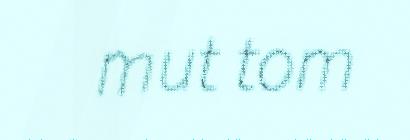
mut tom